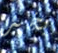
بخير